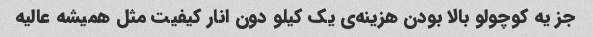
جز یه کوچولو بالا بودن هزینه‌ی یک کیلو دون انار کیفیت مثل همیشه عالیه